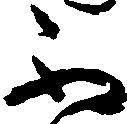
不